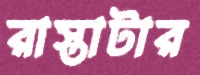
রাস্তাটার